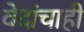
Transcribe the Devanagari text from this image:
वेदांचाही